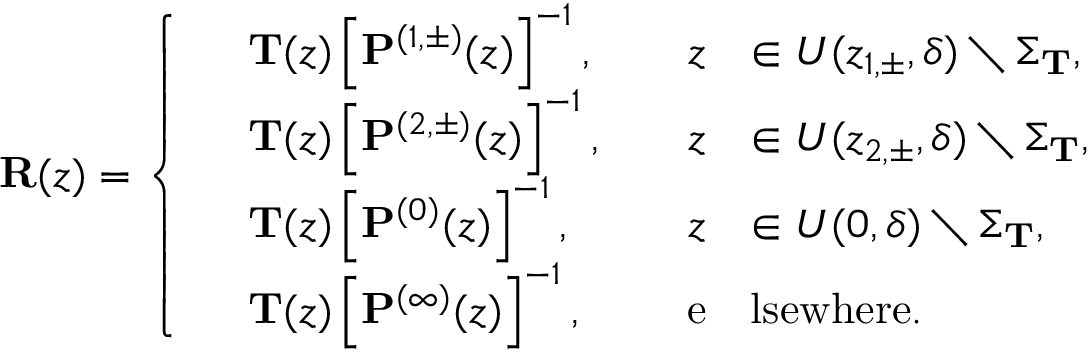
\mathbf { R } ( z ) = \left\{ \begin{array} { r l r l } & { \mathbf { T } ( z ) \left[ \mathbf { P } ^ { ( 1 , \pm ) } ( z ) \right] ^ { - 1 } , \quad } & { z } & { \in U ( z _ { 1 , \pm } , \delta ) \setminus \Sigma _ { \mathbf { T } } , } \\ & { \mathbf { T } ( z ) \left[ \mathbf { P } ^ { ( 2 , \pm ) } ( z ) \right] ^ { - 1 } , \quad } & { z } & { \in U ( z _ { 2 , \pm } , \delta ) \setminus \Sigma _ { \mathbf { T } } , } \\ & { \mathbf { T } ( z ) \left[ \mathbf { P } ^ { ( 0 ) } ( z ) \right] ^ { - 1 } , \quad } & { z } & { \in U ( 0 , \delta ) \setminus \Sigma _ { \mathbf { T } } , } \\ & { \mathbf { T } ( z ) \left[ \mathbf { P } ^ { ( \infty ) } ( z ) \right] ^ { - 1 } , \quad } & { \mathrm { e } } & { \mathrm { l s e w h e r e } . } \end{array} \right.